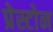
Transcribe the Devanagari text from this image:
प्रेस्टोन